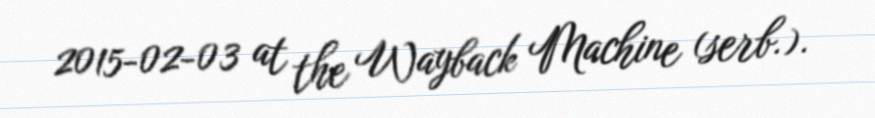
2015-02-03 at the Wayback Machine (serb.).